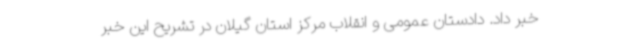
خبر داد. دادستان عمومی و انقلاب مرکز استان گیلان در تشریح این خبر